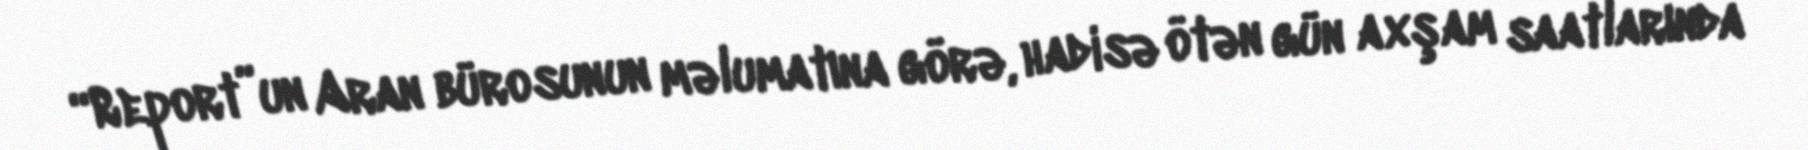
“Report”un Aran bürosunun məlumatına görə, hadisə ötən gün axşam saatlarında